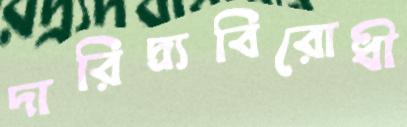
দারিদ্র্যবিরোধী